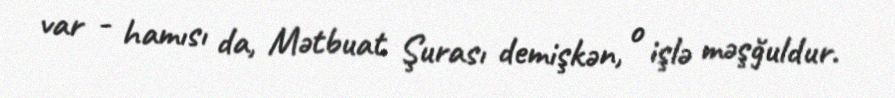
var - hamısı da, Mətbuat Şurası demişkən, o işlə məşğuldur.